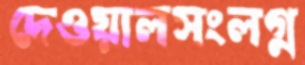
দেওয়ালসংলগ্ন